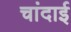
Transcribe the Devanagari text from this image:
चांदाई